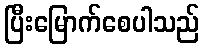
ပြီးမြောက်စေပါသည်